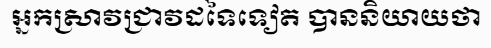
អ្នកស្រាវជ្រាវដទៃទៀត បាននិយាយថា